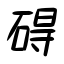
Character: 碍